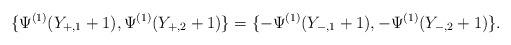
LaTeX: \begin{align*}\{\Psi^{(1)}(Y_{+,1}+1),\Psi^{(1)}(Y_{+,2}+1)\}=\{-\Psi^{(1)}(Y_{-,1}+1),-\Psi^{(1)}(Y_{-,2}+1)\}. \end{align*}